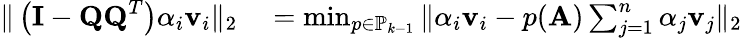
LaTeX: \begin{array}{rl}{\| \left(\mathbf{I}-\mathbf{QQ}^{T}\right)\alpha_{i}\mathbf{v}_{i}\| _{2}}&{{}=\operatorname*{min}_{p\in\mathbb{P}_{k-1}}\| \alpha_{i}\mathbf{v}_{i}-p(\mathbf{A})\sum_{j=1}^{n}\alpha_{j}\mathbf{v}_{j}\| _{2}}\end{array}